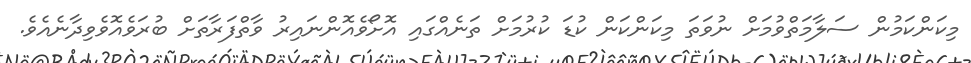
މިކަންކަމުން ސަލާމަތްވުމަށް ނުވަތަ މިކަންކަން ކުޑަ ކުރުމަށް ތަނެއްގައި އޮށޯވެއޮންނައިރު ވާތްފަރާތަށް ބުރަވެއޮވެވިދާނެއެވެ.